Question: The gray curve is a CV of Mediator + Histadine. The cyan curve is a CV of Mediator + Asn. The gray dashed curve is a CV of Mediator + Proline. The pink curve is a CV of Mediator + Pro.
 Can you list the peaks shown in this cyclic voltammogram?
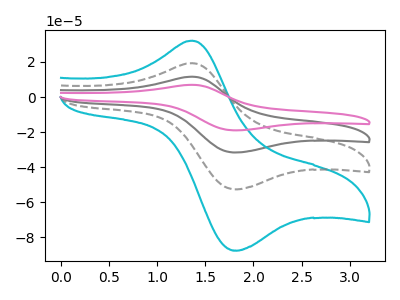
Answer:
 <answer>The gray curve "Mediator + Histadine" has an anodic peak at (1.35V, 38.65uA) and a cathodic peak at (1.85V, -105.25uA). The cyan curve "Mediator + Asn" has an anodic peak at (1.35V, 32.15uA) and a cathodic peak at (1.85V, -87.60uA). The gray dashed curve "Mediator + Proline" has an anodic peak at (1.35V, 19.30uA) and a cathodic peak at (1.85V, -52.60uA). The pink curve "Mediator + Pro" has an anodic peak at (1.35V, 57.95uA) and a cathodic peak at (1.85V, -157.85uA).</answer>
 <eval></eval>